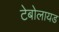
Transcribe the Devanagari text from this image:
टेबोलायड